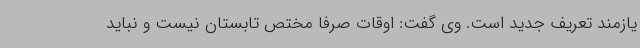
یازمند تعریف جدید است. وی گفت: اوقات صرفا مختص تابستان نیست و نباید